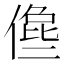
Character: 𠍈